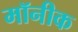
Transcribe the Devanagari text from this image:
मॉनीक